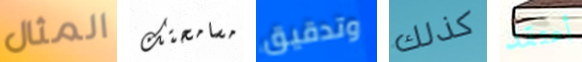
المثال مسامحتك وتدقيق كذلك أعتقد